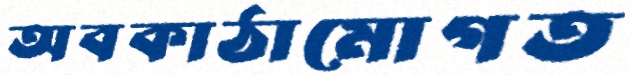
অবকাঠামোগত